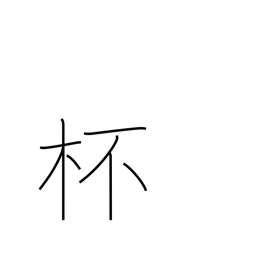
Meaning: glass